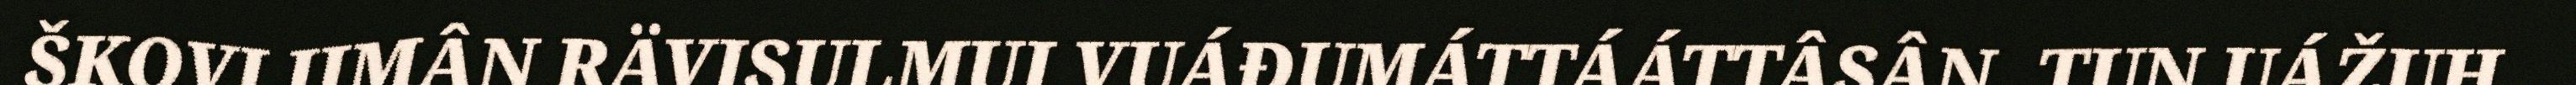
ŠKOVLIIMÂN RÄVISULMUI VUÁĐUMÁTTÁÁTTÂSÂN. TUN UÁŽUH